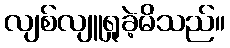
လျစ်လျူရှုခဲ့မိသည်။